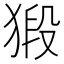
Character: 𭸞